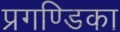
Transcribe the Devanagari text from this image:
प्रगण्डिका